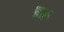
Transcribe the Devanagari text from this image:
फार्म्र